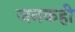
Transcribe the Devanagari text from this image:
जनकही